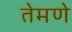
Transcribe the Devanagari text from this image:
तेमणे